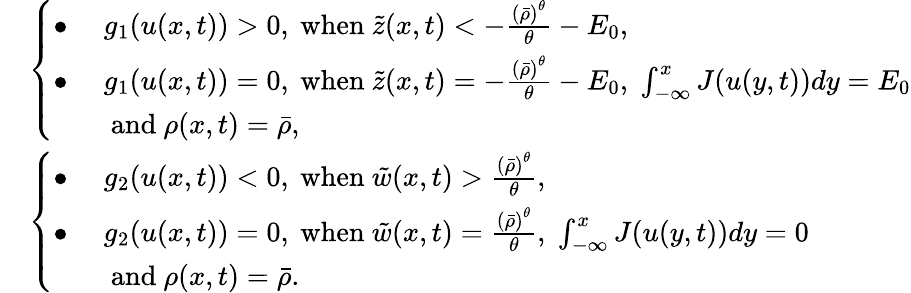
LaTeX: \begin{array}{rl}&{\left\{ \begin{array}{ll}{\bullet\; }&{g_{1}(u(x,t))>0\mathrm{,~when~}\tilde{z}(x,t)<-\frac{\left(\bar{\rho}\right)^{\theta}}{\theta}-E_{0},}\\ {\bullet\; }&{g_{1}(u(x,t))=0\mathrm{,~when~}\tilde{z}(x,t)=-\frac{\left(\bar{\rho}\right)^{\theta}}{\theta}-E_{0},\; \int_{-\infty}^{x}J(u(y,t))dy=E_{0}}\\ &{\mathrm{~and~}\rho(x,t)=\bar{\rho},}\end{array}\right.}\\ &{\left\{ \begin{array}{ll}{\bullet\; }&{g_{2}(u(x,t))<0\mathrm{,~when~}\tilde{w}(x,t)>\frac{\left(\bar{\rho}\right)^{\theta}}{\theta},}\\ {\bullet\; }&{g_{2}(u(x,t))=0\mathrm{,~when~}\tilde{w}(x,t)=\frac{\left(\bar{\rho}\right)^{\theta}}{\theta},\; \int_{-\infty}^{x}J(u(y,t))dy=0}\\ &{\mathrm{~and~}\rho(x,t)=\bar{\rho}.}\end{array}\right.}\end{array}